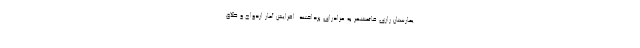
یمارستان رازی قائمشهر به عزادرای پرداختند. افزایش آمار ازدواج و طلاق